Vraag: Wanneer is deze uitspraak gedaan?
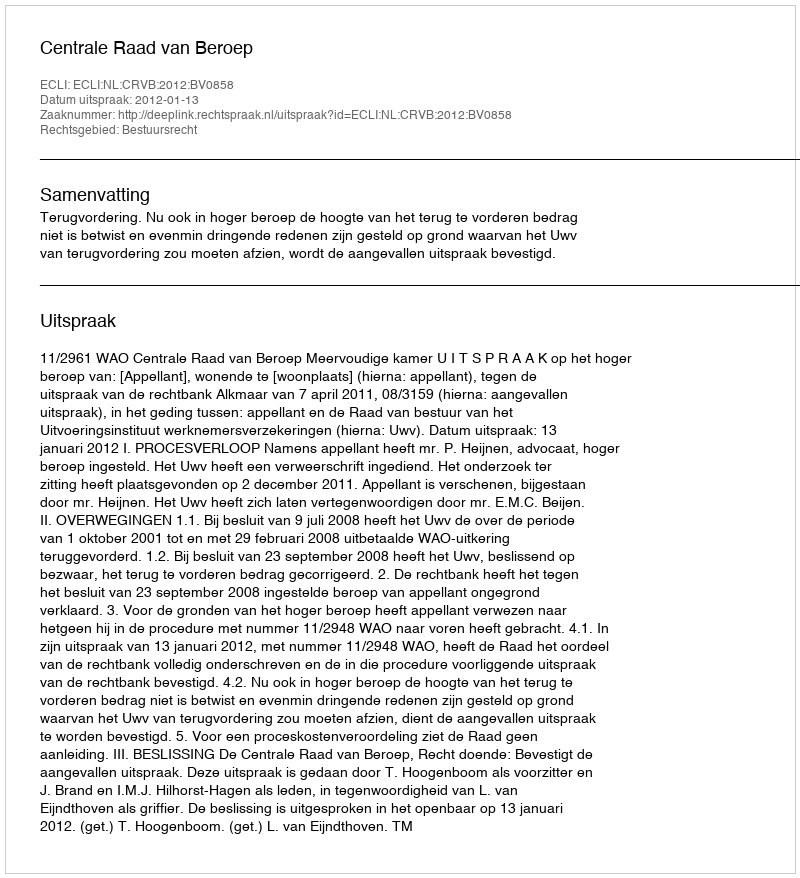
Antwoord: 2012-01-13